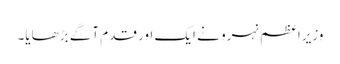
وزیراعظم نہرو نے ایک اور قدم آگے بڑھایا۔